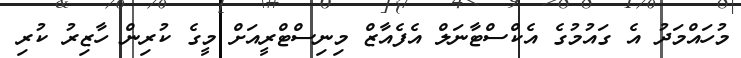
މުހައްމަދު އެ ގައުމުގެ އެކްސްޓާނަލް އެފެއާޒް މިނިސްޓްރީއަށް މީގެ ކުރިން ހާޒިރު ކުރި